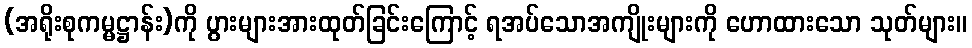
(အရိုးစုကမ္မဋ္ဌာန်း)ကို ပွားများအားထုတ်ခြင်းကြောင့် ရအပ်သောအကျိုးများကို ဟောထားသော သုတ်များ။